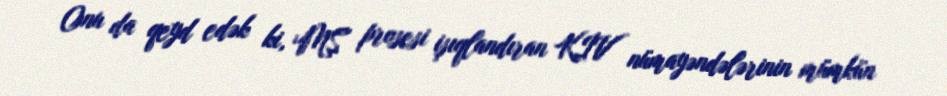
Onu da qeyd edək ki, MŞ prosesi işıqlandıran KİV nümayəndələrinin mümkün